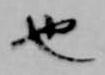
也